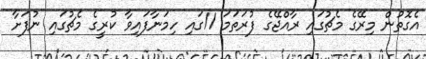
އެގޮތުން މިރޭގެ މެޗުގައި ރާއްޖޭގެ ފުރަތަމަ 11ގައި ހިމަނާފައިވާ ކުރީގެ މެޗުގައި ނުފަށާ